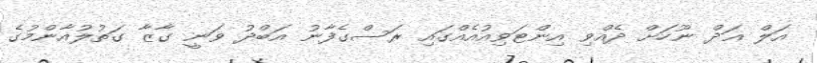
އަލް ޣަދް ނޫހަށް ދެއްވި އިންޓަވިއުއެއްގައި ރަސްގެފާނު އަބްދު ވަނީ ގާޒާ ގަތުލުއާންމުގެ